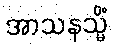
အာသနသ္မိံ